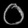
Digit: ၀